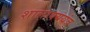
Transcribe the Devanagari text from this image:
शालाक्ययंत्र